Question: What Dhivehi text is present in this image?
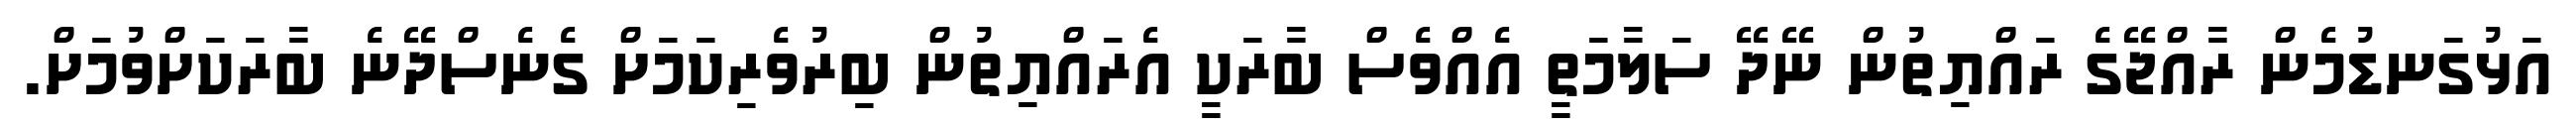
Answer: އަޅުގަނޑުމެން ރާއްޖޭގެ ރައްޔިތުން ނޭދޭ ސަލާމަތީ އެއްވެސް ބާރަކީ އެރައްޔިތުން ބިރުވެރިކަމަށް ގެނެސްދޭނެ ބާރަކަށްވުމަށް.